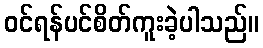
ဝင်ရန်ပင်စိတ်ကူးခဲ့ပါသည်။